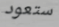
ستعود